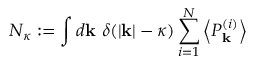
N _ { \kappa } : = \int d \mathbf k \ \delta ( | \mathbf k | - \kappa ) \sum _ { i = 1 } ^ { N } \left< P _ { \mathbf k } ^ { ( i ) } \right>